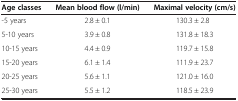
| Age classes | Mean blood flow (l/min) | Maximal velocity (cm/s) |
 | --- | --- | --- |
 | -5 years | 2.8 ± 0.1 | 130.3 ± 2.8 |
 | 5-10 years | 3.9 ± 0.8 | 131.8 ± 18.3 |
 | 10-15 years | 4.4 ± 0.9 | 119.7 ± 15.8 |
 | 15-20 years | 6.1 ± 1.4 | 111.9 ± 23.7 |
 | 20-25 years | 5.6 ± 1.1 | 121.0 ± 16.0 |
 | 25-30 years | 5.5 ± 1.2 | 118.5 ± 23.9 |